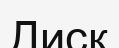
Диск